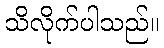
သိလိုက်ပါသည်။